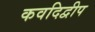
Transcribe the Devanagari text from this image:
कवदिद्वीप